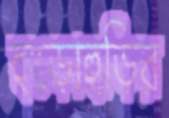
হুড়োহুড়ির